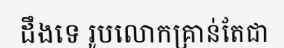
ដឹងទេ រូបលោកគ្រាន់តែជា